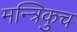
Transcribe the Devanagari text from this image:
मन्त्रिकुच